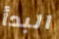
البدأ